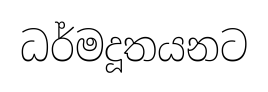
ධර්මදූතයනට